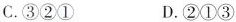
C.③②① D.②①③